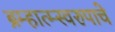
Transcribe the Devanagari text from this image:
ब्रम्हात्म्स्वरुपाचे